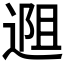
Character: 𬨱